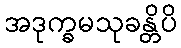
အဒုက္ခမသုခန္တိပိ